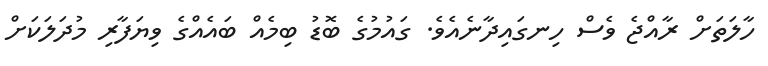
ހާލަތަށް ރާއްޖެ ވެސް ހިނގައިދާނެއެވެ. ގައުމުގެ ބޮޑު ބިމެއް ބައެއްގެ ވިޔަފާރި މުދަލަކަށް